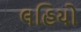
લહિયો